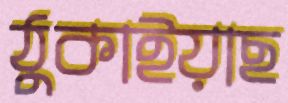
ঠুকাইয়াছ